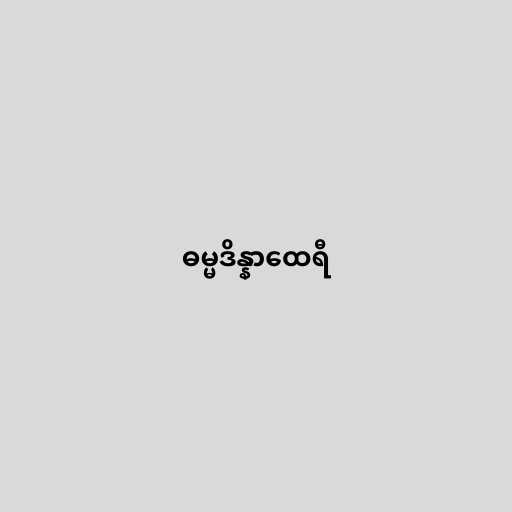
ဓမ္မဒိန္နာထေရီ